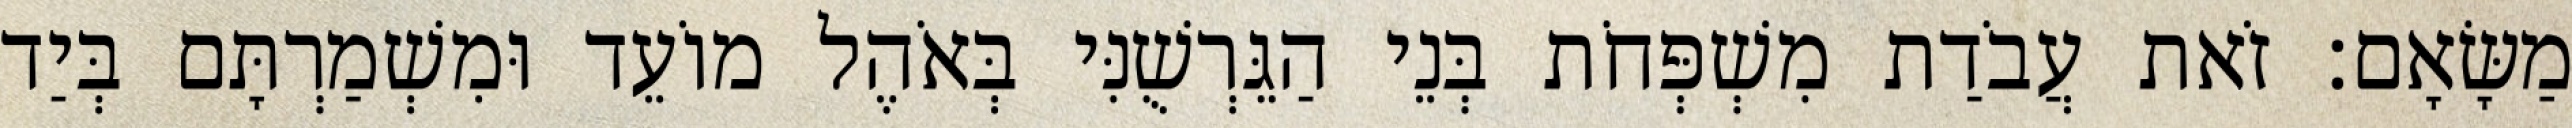
מַשָּׂאָם׃ זֹאת עֲבֹדַת מִשְׁפְּחֹת בְּנֵי הַגֵּרְשֻׁנִּי בְּאֹהֶל מוֹעֵד וּמִשְׁמַרְתָּם בְּיַד